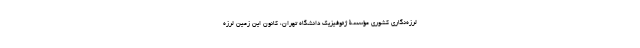
لرزه‌نگاری کشوری مؤسسۀ ژئوفیزیک دانشگاه تهران، کانون این زمین لرزه